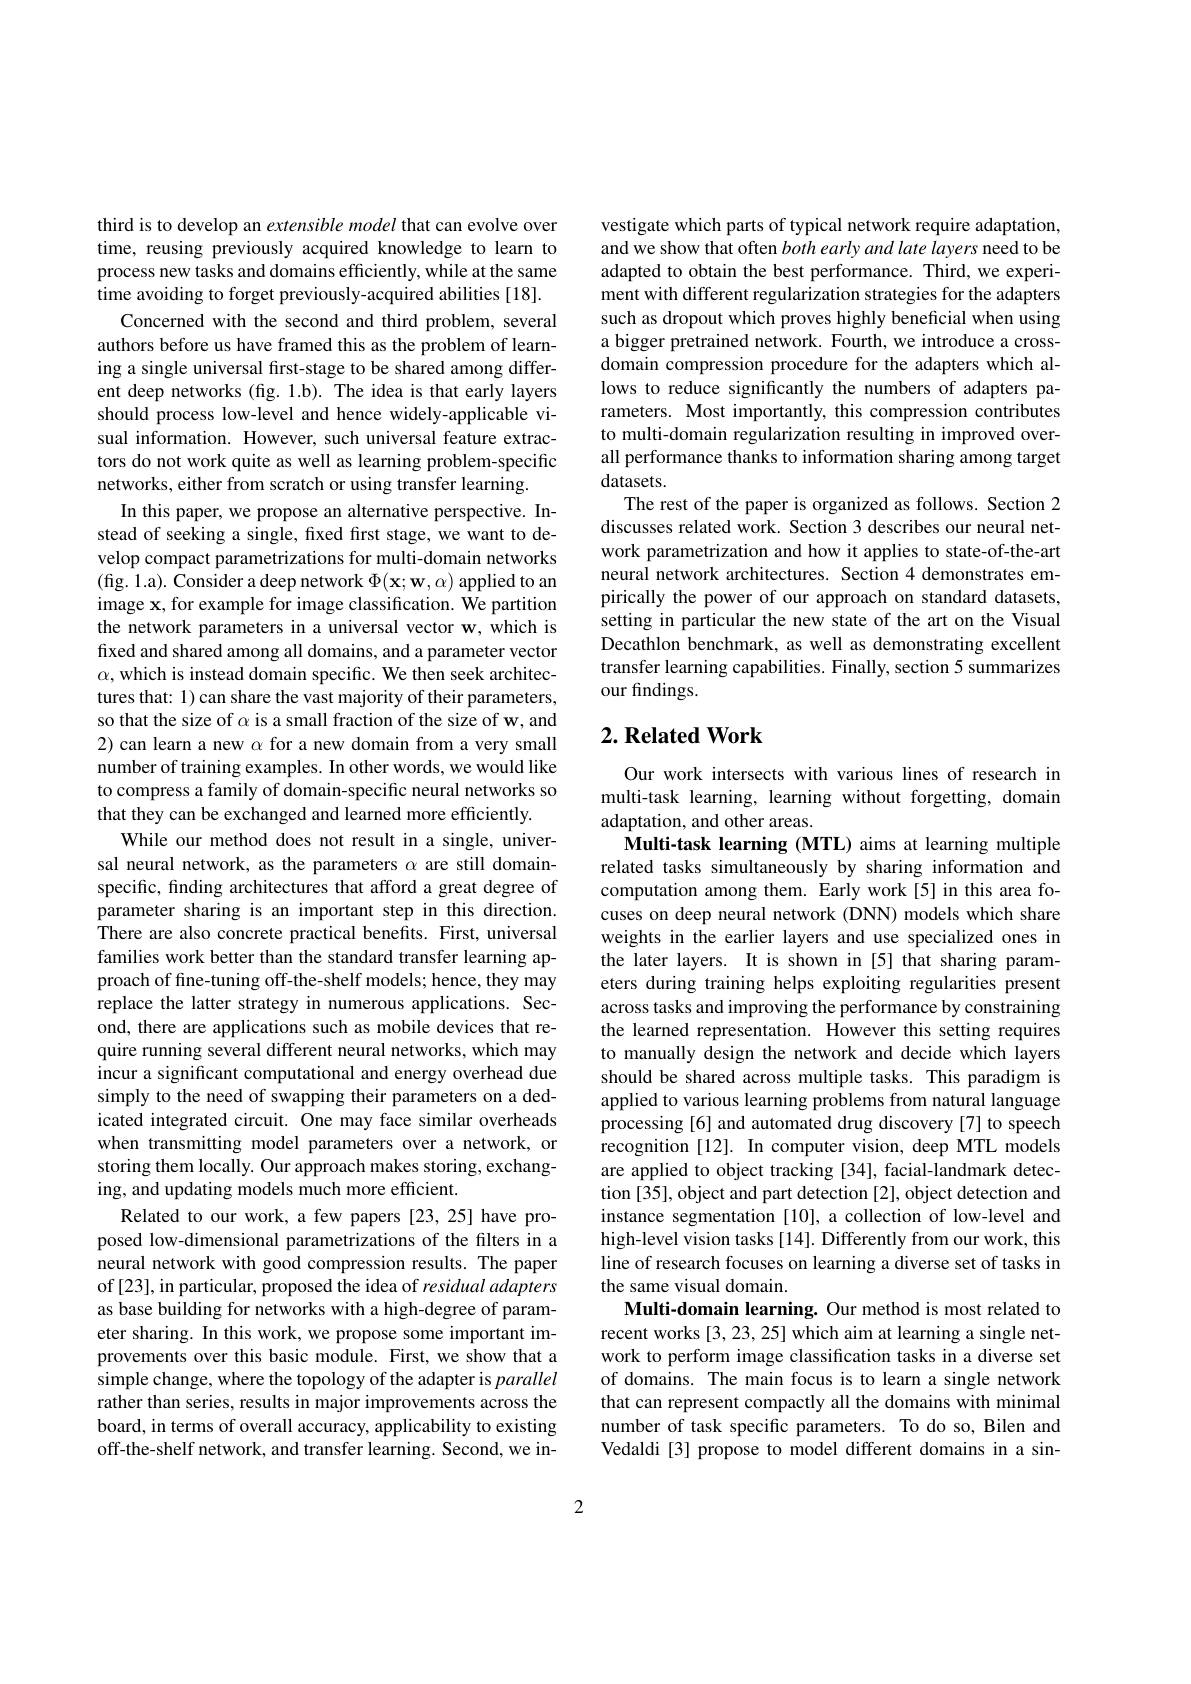
third is to develop an extensible model that can evolve over time, reusing previously acquired knowledge to learn to process new tasks and domains efficiently, while at the same time avoiding to forget previously-acquired abilities [18].
Concerned with the second and third problem, several authors before us have framed this as the problem of learning a single universal first-stage to be shared among different deep networks (fig. 1.b). The idea is that early layers should process low-level and hence widely-applicable visual information. However, such universal feature extractors do not work quite as well as learning problem-specific networks, either from scratch or using transfer learning.
In this paper, we propose an alternative perspective. Instead of seeking a single, fxed first stage, we want to develop compact parametrizations for multi-domain networks (fig. 1.a). Consider a deep network $\Phi(\mathbf{x};\mathbf{w},\alpha)$ applied to an image x, for example for image classification. We partition the network parameters in a universal vector w, which is fixed and shared among all domains, and a parameter vector $\alpha$, which is instead domain specific. We then seek architectures that: 1) can share the vast majority of their parameters, so that the size of $\alpha$ is a small fraction of the size of w, and 2)can learn a new $\alpha$ for a new domain from a very small number of training examples. In other words, we would like to compress a family of domain-specific neural networks so that they can be exchanged and learned more efficiently.
While our method does not result in a single, universal neural network, as the parameters $\alpha$ are still domainspecific, finding architectures that afford a great degree of parameter sharing is an important step in this direction. There are also concrete practical benefits. First, universal families work better than the standard transfer learning approach of fine-tuning off-the-shelf models; hence, they may replace the latter strategy in numerous applications. Second, there are applications such as mobile devices that require running several different neural networks, which may incur a significant computational and energy overhead due simply to the need of swapping their parameters on a dedicated integrated circuit. One may face similar overheads when transmitting model parameters over a network, or storing them locally. Our approach makes storing, exchanging, and updating models much more efficient.
Related to our work, a few papers [23, 25] have proposed low-dimensional parametrizations of the filters in a neural network with good compression results. The paper of [23], in particular, proposed the idea of residual adapters as base building for networks with a high-degree of parameter sharing. In this work, we propose some important improvements over this basic module. First, we show that a simple change, where the topology of the adapter is parallel rather than series, results in major improvements across the board, in terms of overall accuracy, applicability to existing off-the-shelf network, and transfer learning. Second, we in-

vestigate which parts of typical network require adaptation, and we show that often both early and late layers need to be adapted to obtain the best performance. Third, we experiment with different regularization strategies for the adapters such as dropout which proves highly beneficial when using a bigger pretrained network. Fourth, we introduce a crossdomain compression procedure for the adapters which allows to reduce significantly the numbers of adapters parameters. Most importantly, this compression contributes to multi-domain regularization resulting in improved overall performance thanks to information sharing among target datasets.
The rest of the paper is organized as follows. Section 2 discusses related work. Section 3 describes our neural network parametrization and how it applies to state-of-the-art neural network architectures. Section 4 demonstrates empirically the power of our approach on standard datasets, setting in particular the new state of the art on the Visual Decathlon benchmark, as well as demonstrating excellent transfer learning capabilities. Finally, section 5 summarizes our findings.

## $2. \textbf{Related Work}$

Our work intersects with various lines of research in multi-task learning, learning without forgetting, domain adaptation, and other areas.
Multi-task learning (MTL) aims at learning multiple related tasks simultaneously by sharing information and computation among them. Early work[5] in this area focuses on deep neural network (DNN) models which share weights in the earlier layers and use specialized ones in the later layers. It is shown in [5] that sharing parameters during training helps exploiting regularities present across tasks and improving the performance by constraining the learned representation. However this setting requires to manually design the network and decide which layers should be shared across multiple tasks. This paradigm is applied to various learning problems from natural language processing [6] and automated drug discovery [7] to speech recognition [12]. In computer vision, deep MTL models are applied to object tracking [34], facial-landmark detection [35], object and part detection [2], object detection and instance segmentation [10], a collection of low-level and high-level vision tasks [14]. Differently from our work, this line of research focuses on learning a diverse set of tasks in the same visual domain.
Multi-domain learning. Our method is most related to recent works [3, 23, 25] which aim at learning a single network to perform image classification tasks in a diverse set of domains. The main focus is to learn a single network that can represent compactly all the domains with minimal number of task specific parameters. To do so, Bilen and Vedaldi[3] propose to model different domains in a sin-

2